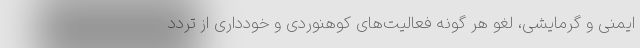
ایمنی و گرمایشی، لغو هر گونه فعالیت‌های کوهنوردی و خودداری از تردد